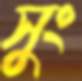
সুং